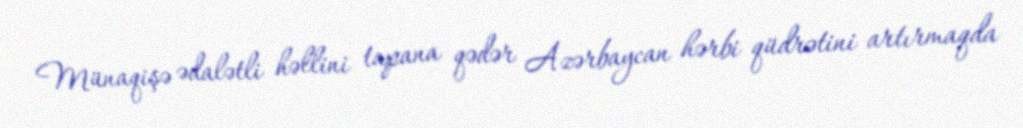
Münaqişə ədalətli həllini tapana qədər Azərbaycan hərbi qüdrətini artırmaqda